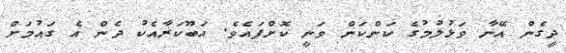
ދީގެން އޭނާ ވަޅުލުމުގެ ކަންކަން ވަނީ ކޮށްފައެެވެ. އަބޫކަރާއެކު ދެން އެ ގައުމަށް